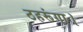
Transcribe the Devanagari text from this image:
ठहरूंगा।